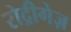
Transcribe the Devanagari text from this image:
रोद्रीगेज़